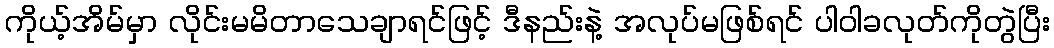
ကိုယ့်အိမ်မှာ လိုင်းမမိတာသေချာရင်ဖြင့် ဒီနည်းနဲ့ အလုပ်မဖြစ်ရင် ပါဝါခလုတ်ကိုတွဲပြီး